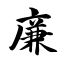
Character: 廉